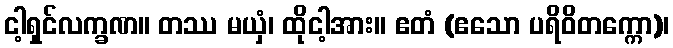
ငါ့ရှင်လက္ခဏ။ တဿ မယှံ၊ ထိုငါ့အား။ ဧတံ (ဧသော ပရိဝိတက္ကော)၊